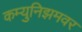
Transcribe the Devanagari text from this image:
कम्युनिझमवर